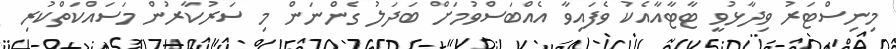
މިނިސްޓަރު ވިދާޅުވީ ޓާޓާއާއެކު ވެފައިވާ އެއްބަސްވުމަށް ބަދަލު ގެންނަން މި ސަރުކާރުން މަސައްކަތްކުރި